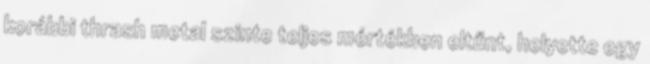
korábbi thrash metal szinte teljes mértékben eltűnt, helyette egy